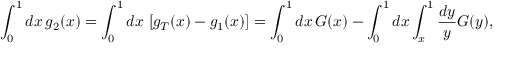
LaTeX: \int _ { 0 } ^ { 1 } d x \, g _ { 2 } ( x ) = \int _ { 0 } ^ { 1 } d x \, \left[ g _ { T } ( x ) - g _ { 1 } ( x ) \right] = \int _ { 0 } ^ { 1 } d x \, G ( x ) - \int _ { 0 } ^ { 1 } d x \int _ { x } ^ { 1 } \frac { d y } { y } G ( y ) ,